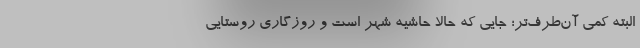
البته کمی آن‌طرف‌تر؛ جایی که حالا حاشیه شهر است و روزگاری روستایی